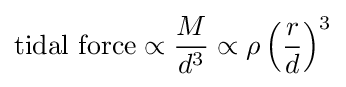
{\text{tidal force}}\propto {\frac {M}{d^{3}}}\propto \rho \left({\frac {r}{d}}\right)^{3}